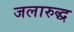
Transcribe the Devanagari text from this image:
जलारुद्ध